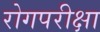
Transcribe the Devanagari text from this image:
रोगपरीक्षा